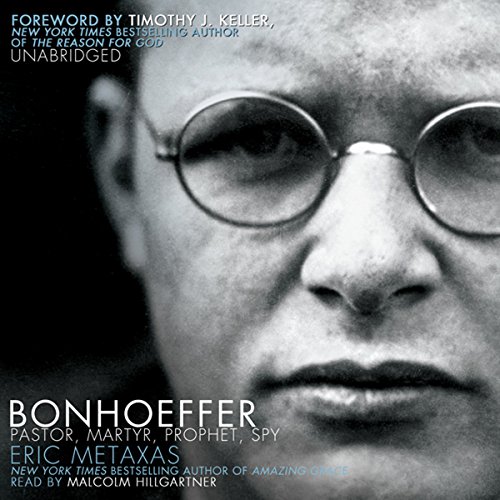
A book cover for Bonhoeffer: Pastor, Martyr, Prophet, Spy: A Righteous Gentile vs. the Third Reich; Eric Metaxas; History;